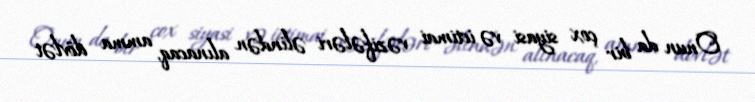
Onun da bir çox siyasi və ictimai vəzifələri əlindən alınacaq, amma dövlət